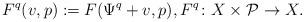
LaTeX: \begin{align*} F^q(v,p) := F(\Psi^q + v, p),F^q\colon X\times\mathcal P\to X.\end{align*}